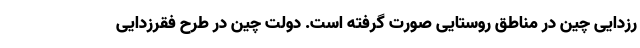
رزدایی چین در مناطق روستایی صورت گرفته است. دولت چین در طرح فقرزدایی